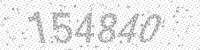
Solution: 154840